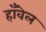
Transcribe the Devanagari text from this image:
हाँवेल